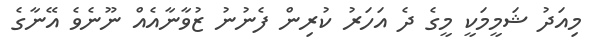
މިއަދު ޝަމީމަކީ މީގެ ދެ އަހަރު ކުރިން ފެނުނު ޒުވާނާއެއް ނޫނެވެ އޭނާގެ